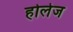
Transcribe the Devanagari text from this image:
होलेज